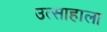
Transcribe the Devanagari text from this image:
उत्साहाला